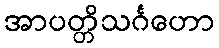
အာပတ္တိသင်္ဂဟော